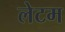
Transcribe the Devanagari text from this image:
लेटम